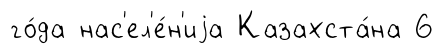
го́да нас'ел'е́н'иjа Казахста́на 6